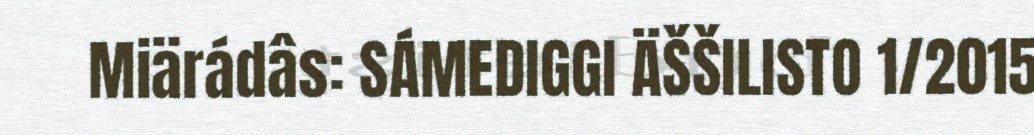
Miärádâs: SÁMEDIGGI ÄŠŠILISTO 1/2015